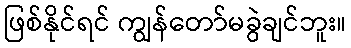
ဖြစ်နိုင်ရင် ကျွန်တော်မခွဲချင်ဘူး။